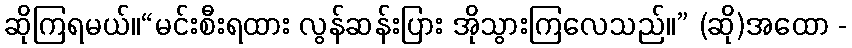
ဆိုကြရမယ်။“မင်းစီးရထား လွန်ဆန်းပြား အိုသွားကြလေသည်။” (ဆို)အထော -